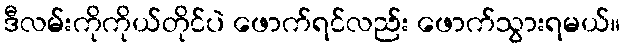
ဒီလမ်းကိုကိုယ်တိုင်ပဲ ဖောက်ရင်လည်း ဖောက်သွားရမယ်။